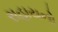
સહાયનો